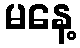
မနေ့